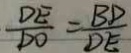
\frac { D E } { D O } = \frac { B D } { D E }